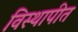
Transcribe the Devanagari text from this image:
विस्थापीत